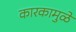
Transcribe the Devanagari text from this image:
कारकामुळे